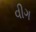
વીગ